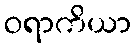
ဝရာကိယာ